65_HS1-834228961_62-HQ-83894_Serial_130
Agency: FBI
Page 69
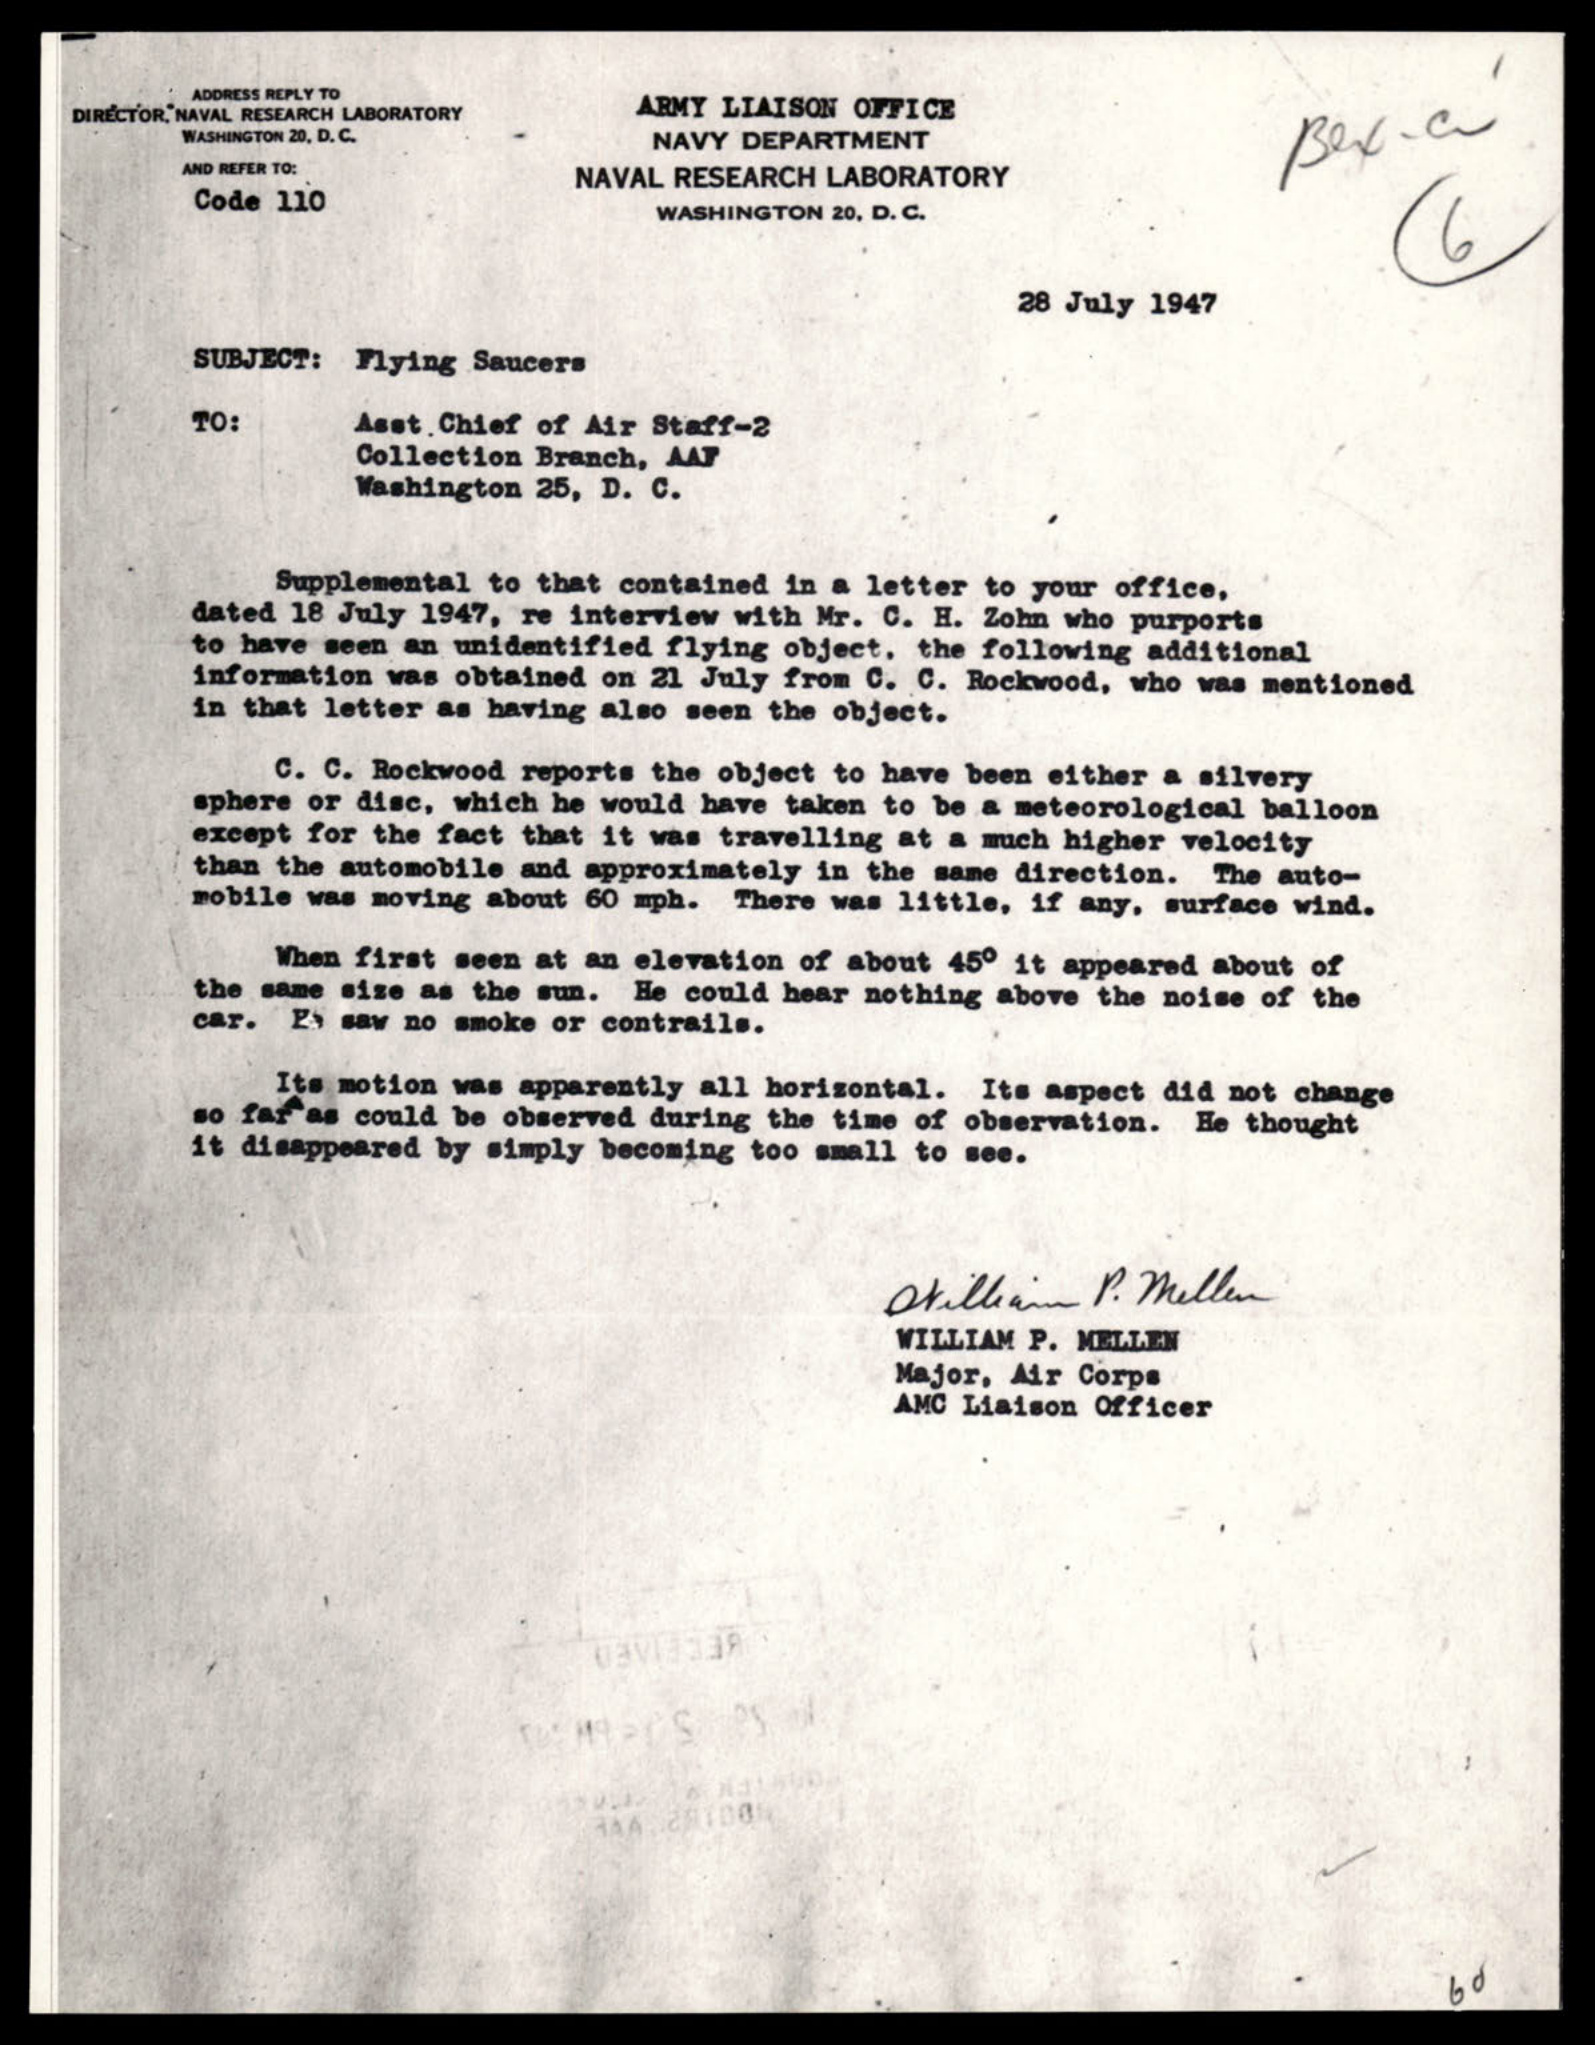